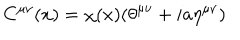
C ^ { { \mu } { \nu } } ( x ) = { \chi } ( x ) ( { \theta } ^ { { \mu } { \nu } } + i a { \eta } ^ { { \mu } { \nu } } )